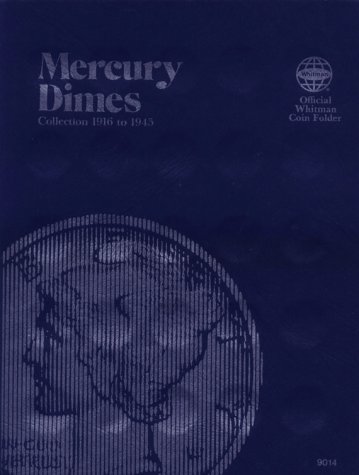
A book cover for Coin Folders Dimes: Mercury, 1916-1945 (Official Whitman Coin Folder); Whitman Publishing; Crafts, Hobbies & Home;